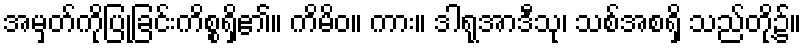
အမှတ်ကိုပြုခြင်းကိစ္စရှိ၏။ ကိမိဝ။ ကား။ ဒါရုအာဒီသု၊ သစ်အစရှိ သည်တို့၌။